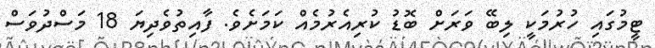
ޓީމުގައި ހުރުމަކީ ލިބޭ ވަރަށް ބޮޑު ކުރިއެރުމެއް ކަމަށެވެ. ފާއިތުވެދިޔަ 18 މަސްދުވަސް